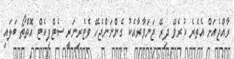
ރާއްޖެއަށް އެތެރެ ކުރެވޭ ދިރޭ ޖަނަވާރާއެކު ގެންނަންޖެހޭ ވެޓެރިނަރީ ސެޓްފިކެޓް އޮތްތޯ ބަލައި